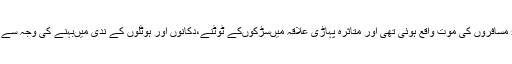
2013 میں اتراکھنڈ میںآئی قدرتی آفت سے 5700 مسافروں کی موت واقع ہوئی تھی اور متاثرہ پہاڑی علاقہ میںسڑکوںکے ٹوٹنے،دکانوں اور ہوٹلوں کے ندی میںبہنے کی وجہ سے بھی ریاست میںبھاری جان و مال کا نقصان ہوا تھا۔